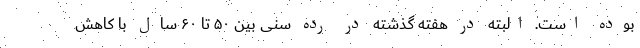
بوده است. البته در هفته گذشته در رده سنی بین ۵۰ تا ۶۰ سال با کاهش